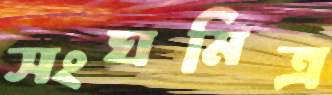
সংঘমিত্র